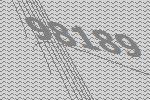
98189